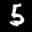
Label: 5